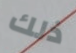
ذلك